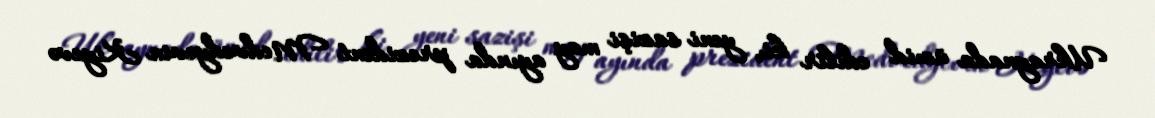
Ukraynada ümid edilir ki, yeni sazişi may ayında prezident Medvedyevin Kiyevə